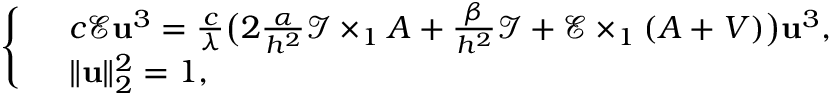
\left\{ \begin{array} { r l } & { c \mathcal { E } \mathbf { u } ^ { 3 } = \frac { c } { \lambda } \big ( 2 \frac { \alpha } { h ^ { 2 } } \mathcal { I } \times _ { 1 } A + \frac { \beta } { h ^ { 2 } } \mathcal { I } + \mathcal { E } \times _ { 1 } ( A + V ) \big ) \mathbf { u } ^ { 3 } , } \\ & { \| \mathbf { u } \| _ { 2 } ^ { 2 } = 1 , } \end{array} \right.